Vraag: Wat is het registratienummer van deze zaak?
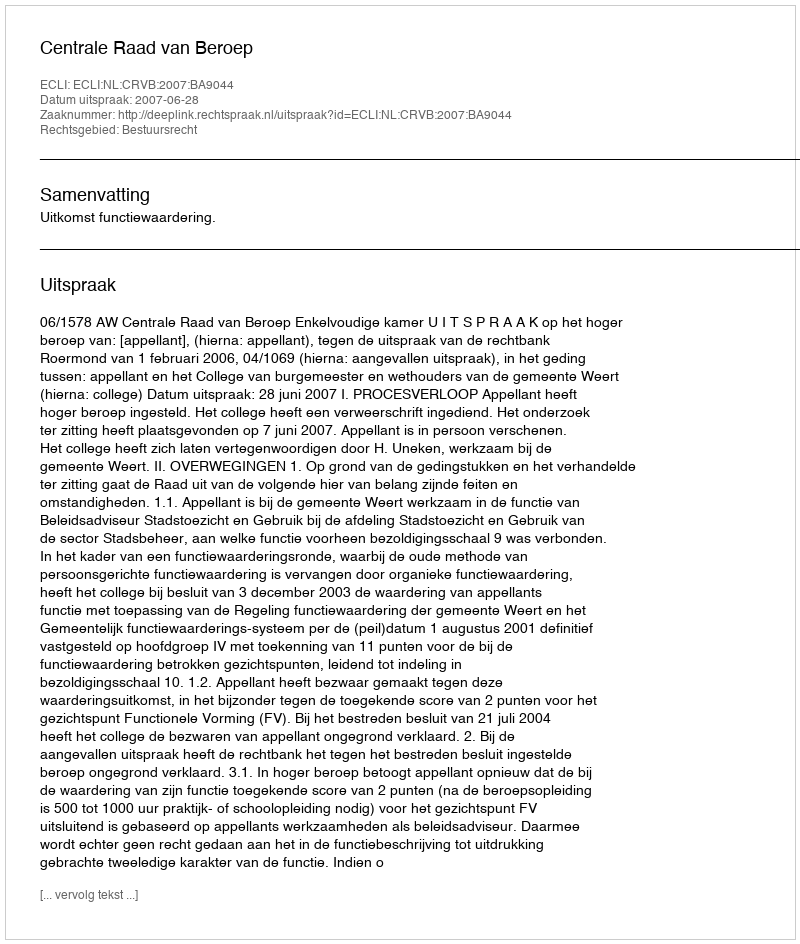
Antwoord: http://deeplink.rechtspraak.nl/uitspraak?id=ECLI:NL:CRVB:2007:BA9044